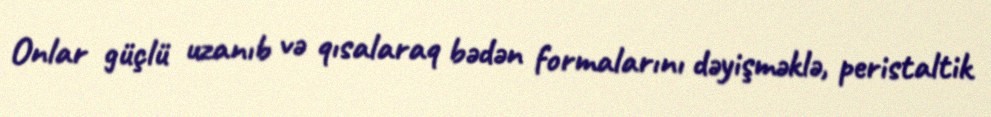
Onlar güçlü uzanıb və qısalaraq bədən formalarını dəyişməklə, peristaltik